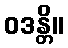
ဝဒန္တိ။